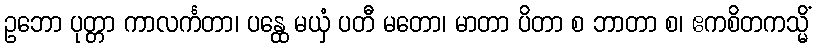
ဥဘော ပုတ္တာ ကာလင်္ကတာ၊ ပန္ထေ မယှံ ပတီ မတော၊ မာတာ ပိတာ စ ဘာတာ စ၊ ဧကစိတကသ္မိံ